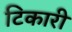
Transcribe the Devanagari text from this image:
टिकारी